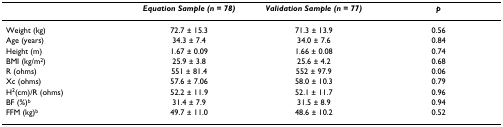
<table><thead><tr><td></td><td><b><i>Equation Sample (n = 78)</i></b></td><td><b><i>Validation Sample (n = 77)</i></b></td><td><b><i>p</i></b></td></tr></thead><tbody><tr><td>Weight (kg)</td><td>72.7 ± 15.3</td><td>71.3 ± 13.9</td><td>0.56</td></tr><tr><td>Age (years)</td><td>34.3 ± 7.4</td><td>34.0 ± 7.6</td><td>0.84</td></tr><tr><td>Height (m)</td><td>1.67 ± 0.09</td><td>1.66 ± 0.08</td><td>0.74</td></tr><tr><td>BMI (kg/m<sup>2</sup>)</td><td>25.9 ± 3.8</td><td>25.6 ± 4.2</td><td>0.68</td></tr><tr><td>R (ohms)</td><td>551 ± 81.4</td><td>552 ± 97.9</td><td>0.06</td></tr><tr><td>Xc (ohms)</td><td>57.6 ± 7.06</td><td>58.0 ± 10.3</td><td>0.79</td></tr><tr><td>H<sup>2</sup>(cm)/R (ohms)</td><td>52.2 ± 11.9</td><td>52.1 ± 11.7</td><td>0.96</td></tr><tr><td>BF (%)<sup>b</sup></td><td>31.4 ± 7.9</td><td>31.5 ± 8.9</td><td>0.94</td></tr><tr><td>FFM (kg)<sup>b</sup></td><td>49.7 ± 11.0</td><td>48.6 ± 10.2</td><td>0.52</td></tr></tbody></table>